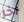
آخر